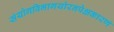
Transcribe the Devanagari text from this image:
संयोगविभागयोरनपेक्षकारणं